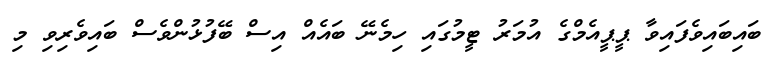
ބައިބައިވެފައިވާ ޕީޕީއެމްގެ އުމަރު ޓީމުގައި ހިމެނޭ ބައެއް އިސް ބޭފުޅުންވެސް ބައިވެރިވި މި